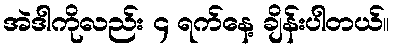
အဲဒါကိုလည်း ၄ ရက်နေ့ ချိန်းပါတယ်။